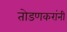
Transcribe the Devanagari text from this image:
तोडणकरांनी